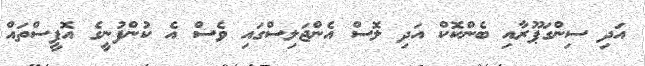
އަދި ސިންގަޕޫރާއި ބެންކޮކް އަދި ލޮސް އެންޖަލިސްގައި ވެސް އެ ކުންފުނީގެ އޮފީސްތައް